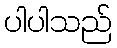
ပါပါသည်